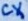
Text: CX